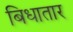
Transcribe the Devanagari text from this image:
बिधातार